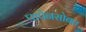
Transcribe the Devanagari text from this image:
पापेनसोबत